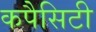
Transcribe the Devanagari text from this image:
कपैसिटी